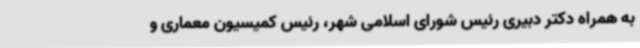
به همراه دکتر دبیری رئیس شورای اسلامی شهر، رئیس کمیسیون معماری و